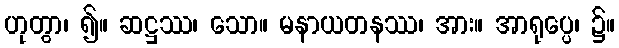
ဟုတွာ၊ ၍။ ဆဋ္ဌဿ၊ သော။ မနာယတနဿ၊ အား။ အာရုပ္ပေ၊ ၌။